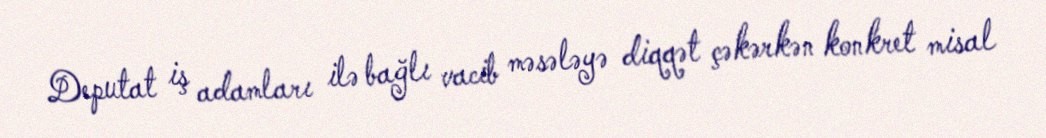
Deputat iş adamları ilə bağlı vacib məsələyə diqqət çəkərkən konkret misal